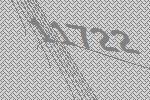
11722